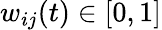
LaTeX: w_{ij}(t)\in[0,1]